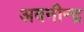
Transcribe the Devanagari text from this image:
अवनीन्द्र